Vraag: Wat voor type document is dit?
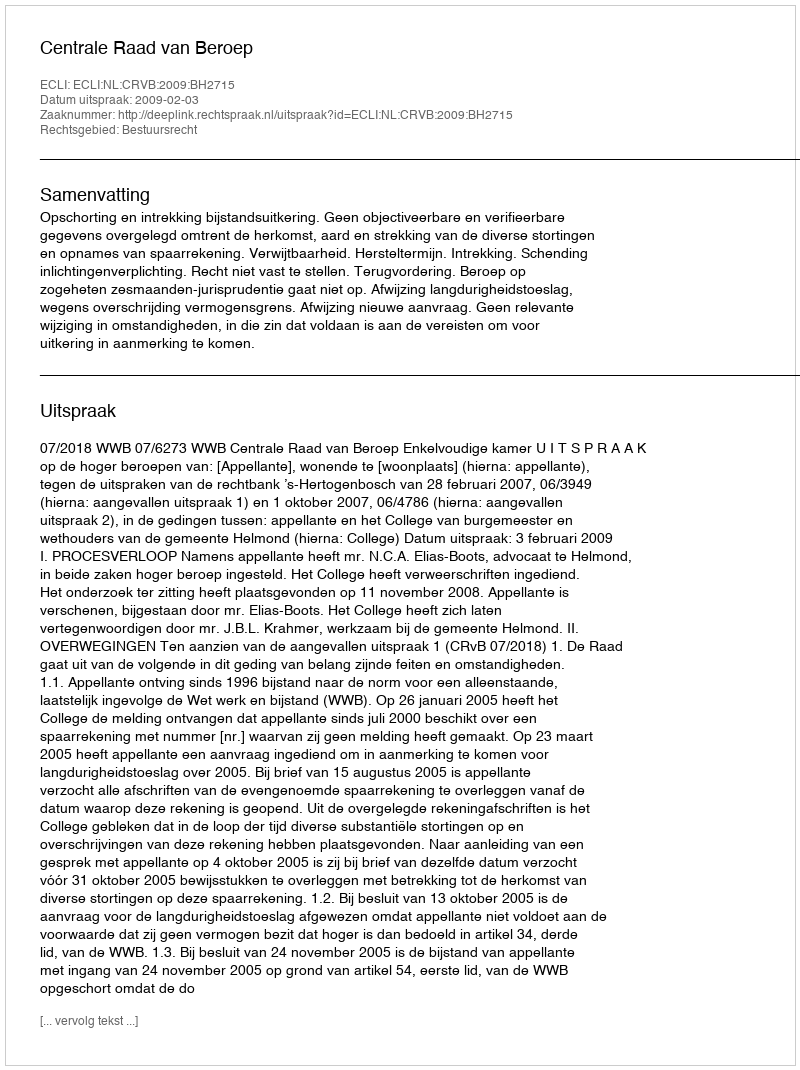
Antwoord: Uitspraak